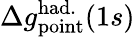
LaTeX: \Delta{g}_{\mathrm{point}}^{\mathrm{had.}}(1s)